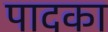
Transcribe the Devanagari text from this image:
पादका